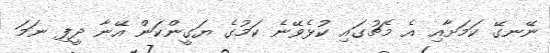
ނޭނގޭ ކަމަށާއި އެ މެޗުގައި ކުޅެވޭނެ ކަމުގެ ޔަގީންކަން އޭނާ ދީފި ނަމަ